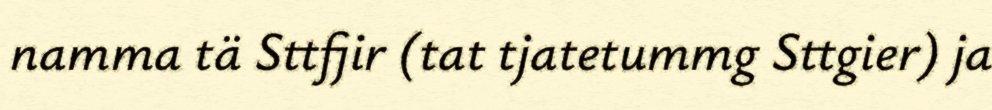
namma tä Sttfjir (tat tjatetummg Sttgier) ja